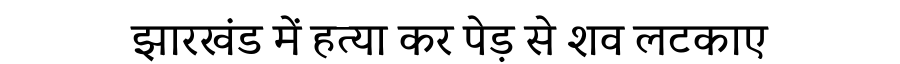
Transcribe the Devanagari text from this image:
झारखंंड में हत्या कर पेड़ से शव लटकाए